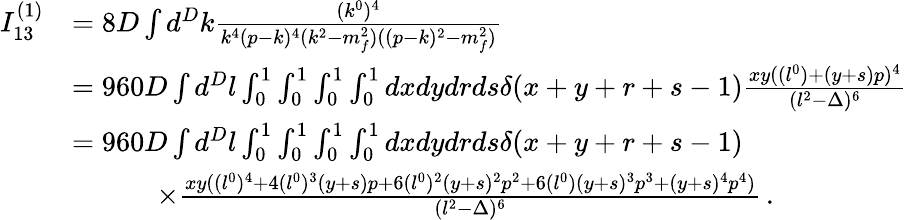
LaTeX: \begin{array}{rl}{I_{13}^{(1)}}&{=8D\int d^{D}k\frac{(k^{0})^{4}}{k^{4}(p-k)^{4}(k^{2}-m_{f}^{2})((p-k)^{2}-m_{f}^{2})}}\\ &{=960D\int d^{D}l\int_{0}^{1}\int_{0}^{1}\int_{0}^{1}\int_{0}^{1}dxdydrds\delta(x+y+r+s-1)\frac{xy((l^{0})+(y+s)p)^{4}}{(l^{2}-\Delta)^{6}}}\\ &{=960D\int d^{D}l\int_{0}^{1}\int_{0}^{1}\int_{0}^{1}\int_{0}^{1}dxdydrds\delta(x+y+r+s-1)}\\ &{\quad\quad\quad\times\frac{xy((l^{0})^{4}+4(l^{0})^{3}(y+s)p+6(l^{0})^{2}(y+s)^{2}p^{2}+6(l^{0})(y+s)^{3}p^{3}+(y+s)^{4}p^{4})}{(l^{2}-\Delta)^{6}}\, .}\end{array}